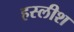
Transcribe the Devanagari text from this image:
हस्लीश